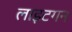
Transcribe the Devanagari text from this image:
लाइटगन